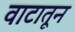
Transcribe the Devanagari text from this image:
वाटातून